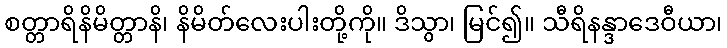
စတ္တာရိနိမိတ္တာနိ၊ နိမိတ်လေးပါးတို့ကို။ ဒိသွာ၊ မြင်၍။ သီရိနန္ဒာဒေဝီယာ၊